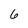
Character: 6